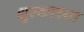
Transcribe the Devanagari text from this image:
शुल्काच्या